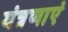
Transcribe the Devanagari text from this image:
यंत्रणाएं